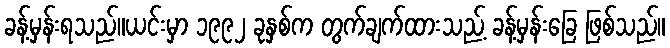
ခန့်မှန်းရသည်။ယင်းမှာ ၁၉၉၂ ခုနှစ်က တွက်ချက်ထားသည့် ခန့်မှန်းခြေ ဖြစ်သည်။